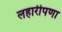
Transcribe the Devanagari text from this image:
लहारीपणा